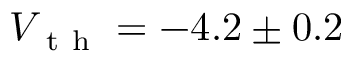
V _ { \mathrm { ~ t ~ h ~ } } = - 4 . 2 \pm 0 . 2